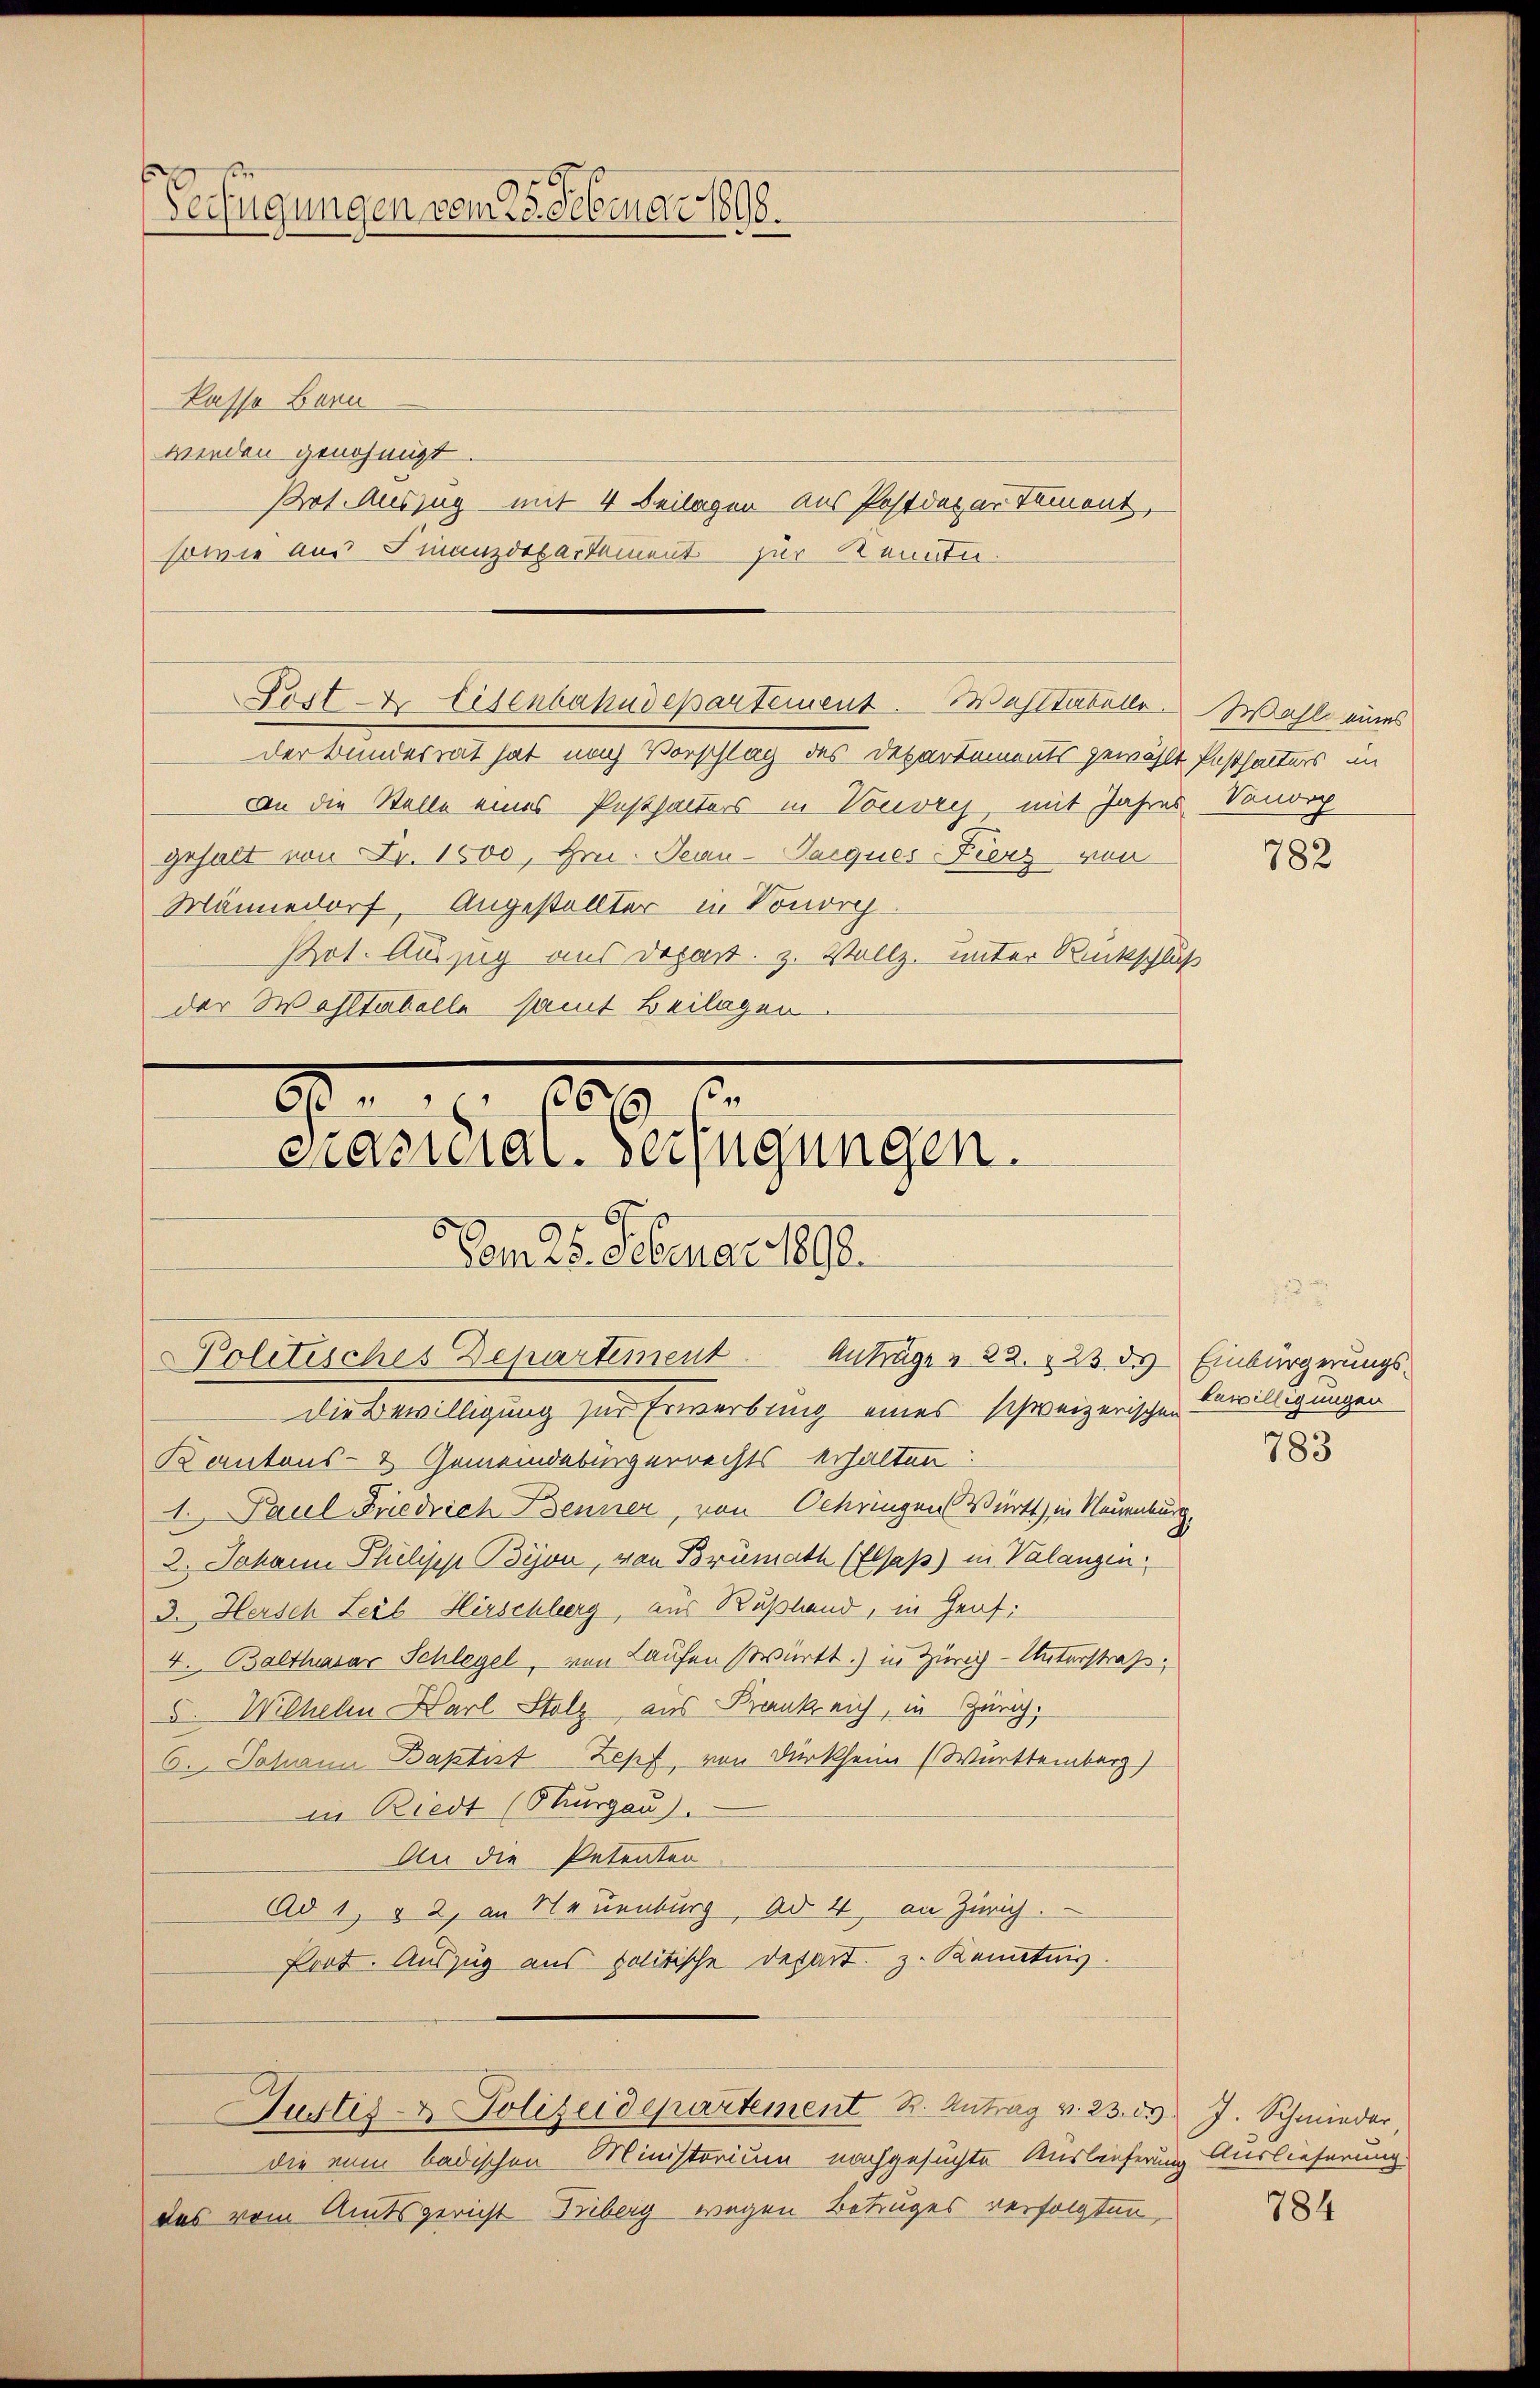
Verfügungen vom 25. Februar 1890.

kasso Bern
wieden genehmigt.
Prot. Auszug mit 4 Beilagen aus Postdatar Tement,
sowie aus Finanzdepartement zur Kenntn
derbundesrat hat nach Vorschlag des Departements gewählt festhalters im
An die Stelle eines Pesthalters in Vouvry mit Jahres Sondic
gehalt von Fr. 1000, Hr. Jean-Parques Fierz von
Männedorf, Angestellter in Vonorch
Pot. Auszug aus Depart. z. Vollz. unter Rückschluß
der Wohltabelle samt Beilagen

Post- & Eisenbahndepartement. Bastabelle Wahl eines

S. 109. 2
crasiliar-Verfügungen.
Vom 25. Februar 1890.
Politisches Departement Anträge & 22. 23. ds Einbürgerungs-

Die Bewilligung zur Erwerbung eines schweizerischen Bewilligungen
Kantons- & Gemeindebürgerrechtserhalten:
1. Paul Friedrich Benner, von Schringen Württ) in Neuenburg,
2. Johann Philipp Bijon, von Brümath (Elsaß) in Valangen:
3. Hersch Leib Hirschlerg, aus Rußland, in Graf:
4. Balthasar Schlegel, von Laufen württ.) in Zürich-Unterstraß,
5. Wilhelm Karl Stolz aus Krankreich, in Zürich,
6. Johann Baptist Zepf, von Dürkheim (Württemberg)
in Riedt (Thurgau.
An die Petenten
Ad 1, § 2, an Neuenburg, Ad 4, an Zürich.
Prot. Auszug aus politische Depart. z. Kenntnis

Justiz- & Polizeidepartement St. Antrag v. 23. d. J. Schmieder,

die ein badischen Ministerium nachgesuchte Auslieferung Auslieferung.
das vom Amtsgericht Triberg wegen Betruges verfolgten,

782

783

784